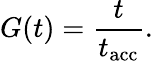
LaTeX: G(t)=\frac{t}{t_{\mathrm{acc}}}.